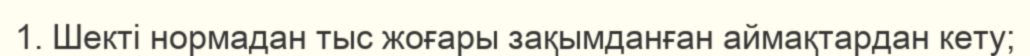
1. Шекті нормадан тыс жоғары зақымданған аймақтардан кету;